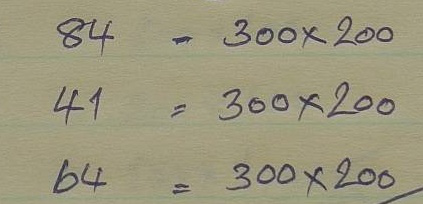
84 = 300 x 200
41 = 300 x 200
64 = 300 x 200